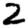
Digit: 2